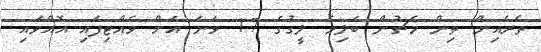
ތެރެއިން ތިން މެޗުން ބަލިވެ ލީގުގެ 17 ވަނަ އަށް ވެއްޓިފައި އޮއްވައި